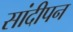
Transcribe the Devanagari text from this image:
सांदीपन